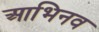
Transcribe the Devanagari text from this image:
आभिनव